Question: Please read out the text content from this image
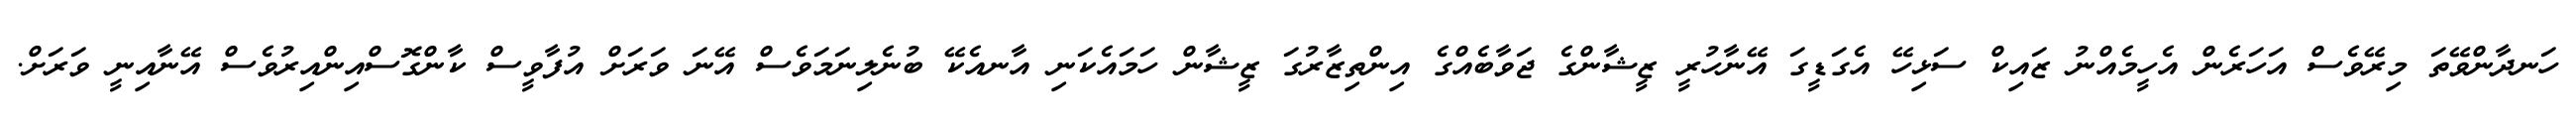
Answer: ހަނދާންވޭތަ މިރޭވެސް އަހަރެން އެހީމެއްނު ޒައިކް ސަޅިހޭ އެގަޑީގަ އޭނާހުރީ ޒީޝާންގެ ޖަވާބެއްގެ އިންތިޒާރުގަ ޒީޝާން ހަމައެކަނި އާނއެކޭ ބުނެލިނަމަވެސް އޭނަ ވަރަށް އުފާވީސް ކާންގޮސްއިންއިރުވެސް އޭނާއިނީ ވަރަށް.